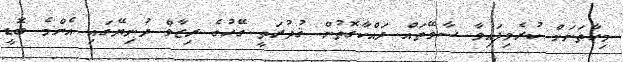
މިހާތަނަށް ކުރެވިފައިވާ ސާވޭތައް ދައްކާގޮތުން ޤުދުރަތީ ގޭހުގެ ރިޒާވް ދުނިޔޭގައި އެންމެ ބޮޑީ